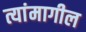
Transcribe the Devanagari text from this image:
त्यांमागील